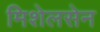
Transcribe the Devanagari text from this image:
मिशेलसेन